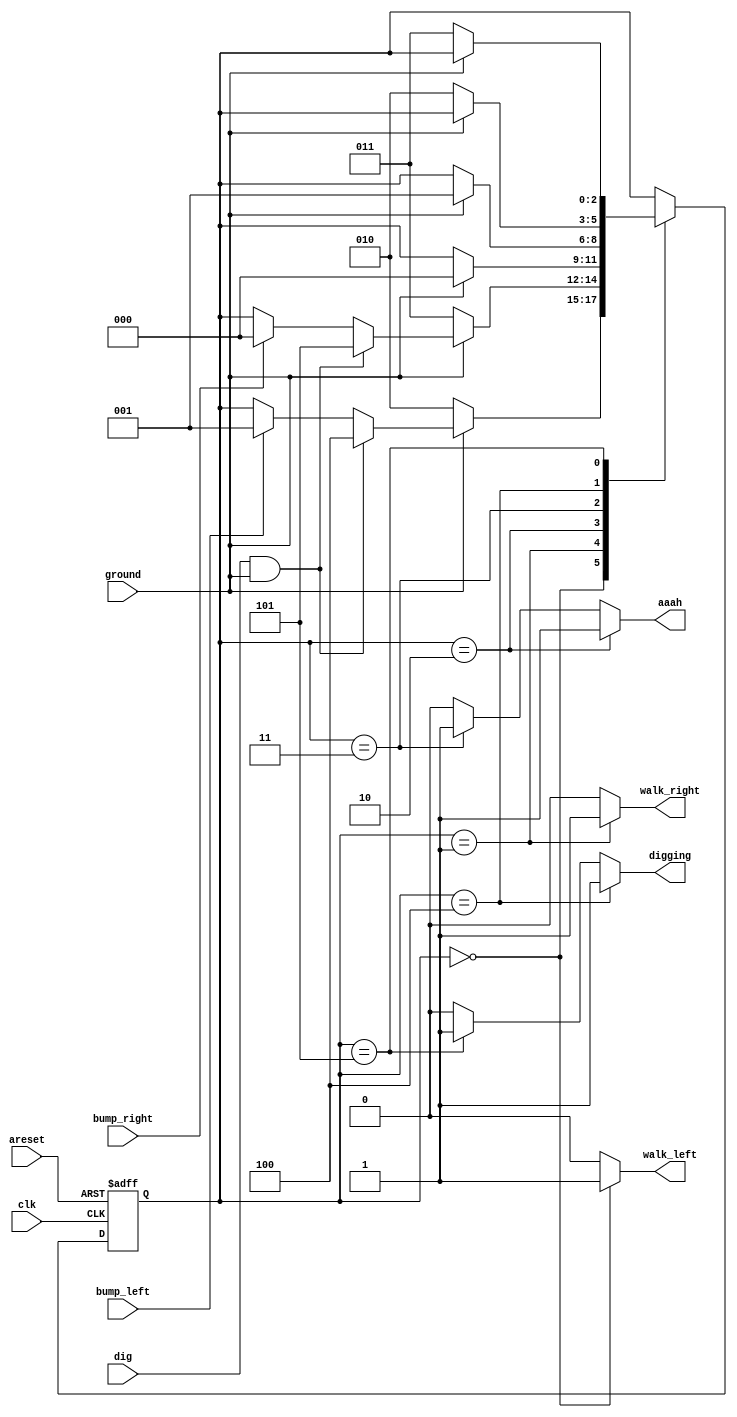
module top_module(
    input clk,
    input areset,    // Freshly brainwashed Lemmings walk left.
    input bump_left,
    input bump_right,
    input ground,
    input dig,
    output walk_left,
    output walk_right,
    output aaah,
    output digging ); 
    reg [2:0] state,next_state;
    parameter left = 3'b000, right = 3'b001, fall_l = 3'b010, fall_r = 3'b011, dig_l = 3'b100,dig_r = 3'b101;
    always @(*) begin
        // State transition logic
        next_state = state;
        case(state)
            left:	
            		if(!ground)
                		next_state = fall_l;
            		else if(dig && ground)
                		next_state = dig_l;
                	else if(bump_left)
                		next_state = right;
            right:	if(!ground)
                		next_state = fall_r;
                else if(dig && ground)
                		next_state = dig_r;
            		
            	else if(bump_right)
                		next_state = left;
            fall_l: if(ground)
                	next_state = left;
            fall_r: if(ground)
                	next_state = right;
            dig_l: if(!ground)
                	next_state = fall_l;
            dig_r: if(!ground)
                next_state = fall_r;
            
            
        endcase
        
    end

    always @(posedge clk, posedge areset) begin
        // State flip-flops with asynchronous reset
        if(areset)
            state = left;
        else
            state = next_state;
    end

    // Output logic
    assign walk_left = state == left?1:0;
    assign walk_right = state == right?1:0;
    assign aaah = state == fall_l?1:state == fall_r?1:0;
    assign digging = state==dig_l?1:state==dig_r?1:0;
    // assign walk_left = (state == ...);
    // assign walk_right = (state == ...);


endmodule